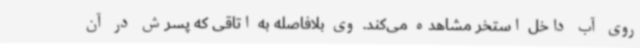
روی آب داخل استخر مشاهده می‌کند. وی بلافاصله به اتاقی که پسرش در آن